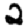
Digit: 2